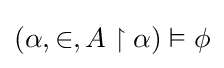
(\alpha ,\in ,A\upharpoonright \alpha )\vDash \phi